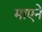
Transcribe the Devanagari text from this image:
माएने